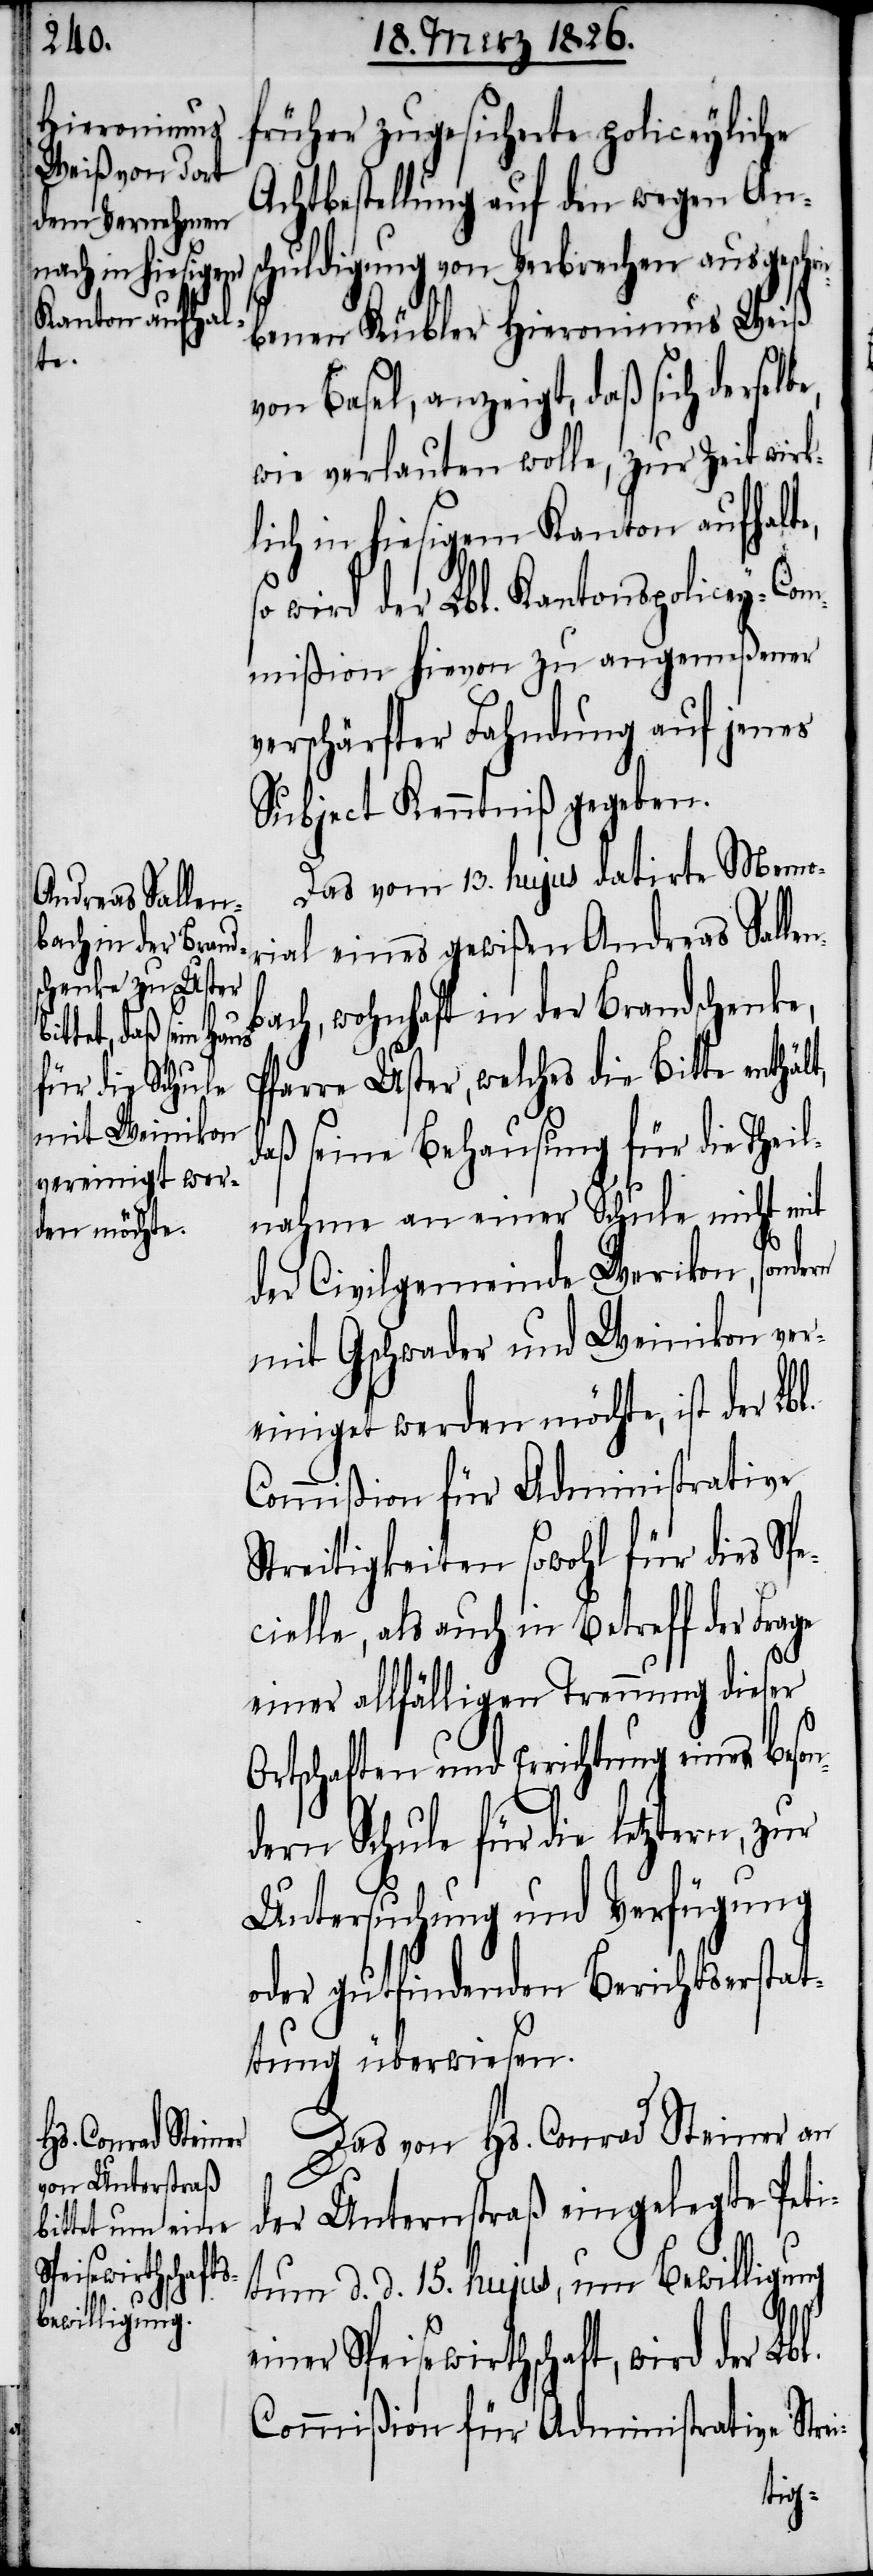
l.

früher zugesicherte policeyliche
Achtbestellung auf den wegen An¬
schuldigung von Verbrechen ausgeschr¬
benen Kübler Hieronimus Weiß
von Basel, anzeigt, daß sich dersel¬
wie verlauten wolle, zur Zeit wirk¬
lich in hiesigem Kanton aufhalte,
wird der Lbl. Kantonspolicey-Com¬
mißion hievon zu angemeßener
verschärfter Fahndung auf jenes
Subject Kenntniß gegeben.
Das vom 13. hujus datirte Memo¬
rial eines gewißen Andreas Salle¬
bach, wohnhaft in der Brandschenke,
Pfarre Uster, welches die Bitte enthäl¬
daß seine Behausung für die Theil¬
nahme an einer Schule nicht mit
der Civilgemeinde Werikon, sondern
mit Gschwader und Weinikon ver¬
einiget werden möchte, ist der Lbl.
Commißion für Administrative
Streitigkeiten sowohl für dies Sp¬
ecielle, als auch in Betreff der Frage
einer allfälligen Trennung dieser
Ortschaften und Errichtung einer beson¬
dern Schule für die letztern, zur
Untersuchung und Verfügung
oder gutfindenden Berichtserstat¬
tung überwiesen.
Das von Hs. Conrad Steiner an
der Unternstraß eingelegte Peti¬
tum d. d. 15. hujus, um Bewilligung
Speisewirthschaft, wird der Lb¬